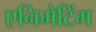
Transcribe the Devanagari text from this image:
एनिमेटिंग